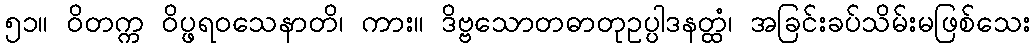
၅၁။ ဝိတက္က ဝိပ္ဖရဝသေနာတိ၊ ကား။ ဒိဗ္ဗသောတဓာတုဥပ္ပါဒနတ္ထံ၊ အခြင်းခပ်သိမ်းမဖြစ်သေး